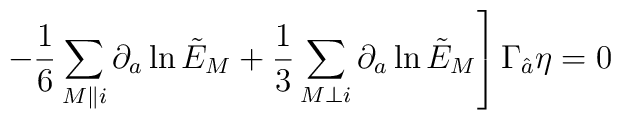
\qquad\qquad\qquad\left. -{1\over 6} \sum_{M\parallel i} \partial_a \ln \tilde{E}_M+{1\over 3} \sum_{M\perp i} \partial_a \ln \tilde{E}_M \right]\Gamma_{\hat{a}}\eta=0